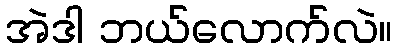
အဲဒါ ဘယ်လောက်လဲ။